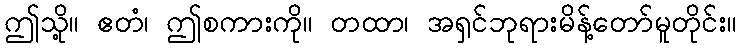
ဤသို့။ ဧတံ၊ ဤစကားကို။ တထာ၊ အရှင်ဘုရားမိန့်တော်မူတိုင်း။